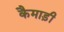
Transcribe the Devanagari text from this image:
कैमाड़ी